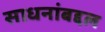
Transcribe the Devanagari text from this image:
साधनांबद्दल